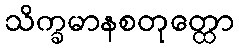
သိက္ခမာနစတုတ္ထော